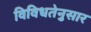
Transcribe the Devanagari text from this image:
विविधतेनुसार